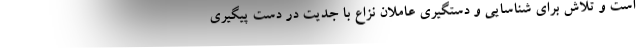
است و تلاش برای شناسایی و دستگیری عاملان نزاع با جدیت در دست پیگیری